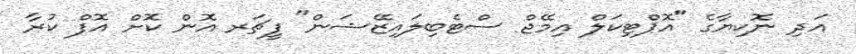
އަދި ނޮކިޔާގެ "އޮޕްޓިކަލް އިމޭޖް ސްޓެބިލައިޒޭޝަން" ފީޗަރ އޮން ކޮށް އޮފް ކުރާ